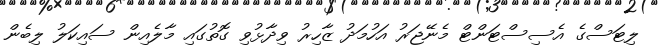
ލިޓަސްގެ އެސިސްޓަންޓް މެނޭޖަރު އަހުމަދު ޒާހިރު ވިދާޅުވި ގޮތުގައި މާލެއިން ސައިކަލު ލިބެން